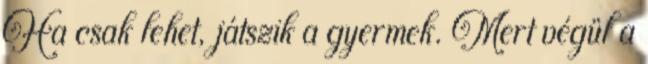
Ha csak lehet, játszik a gyermek. Mert végül a